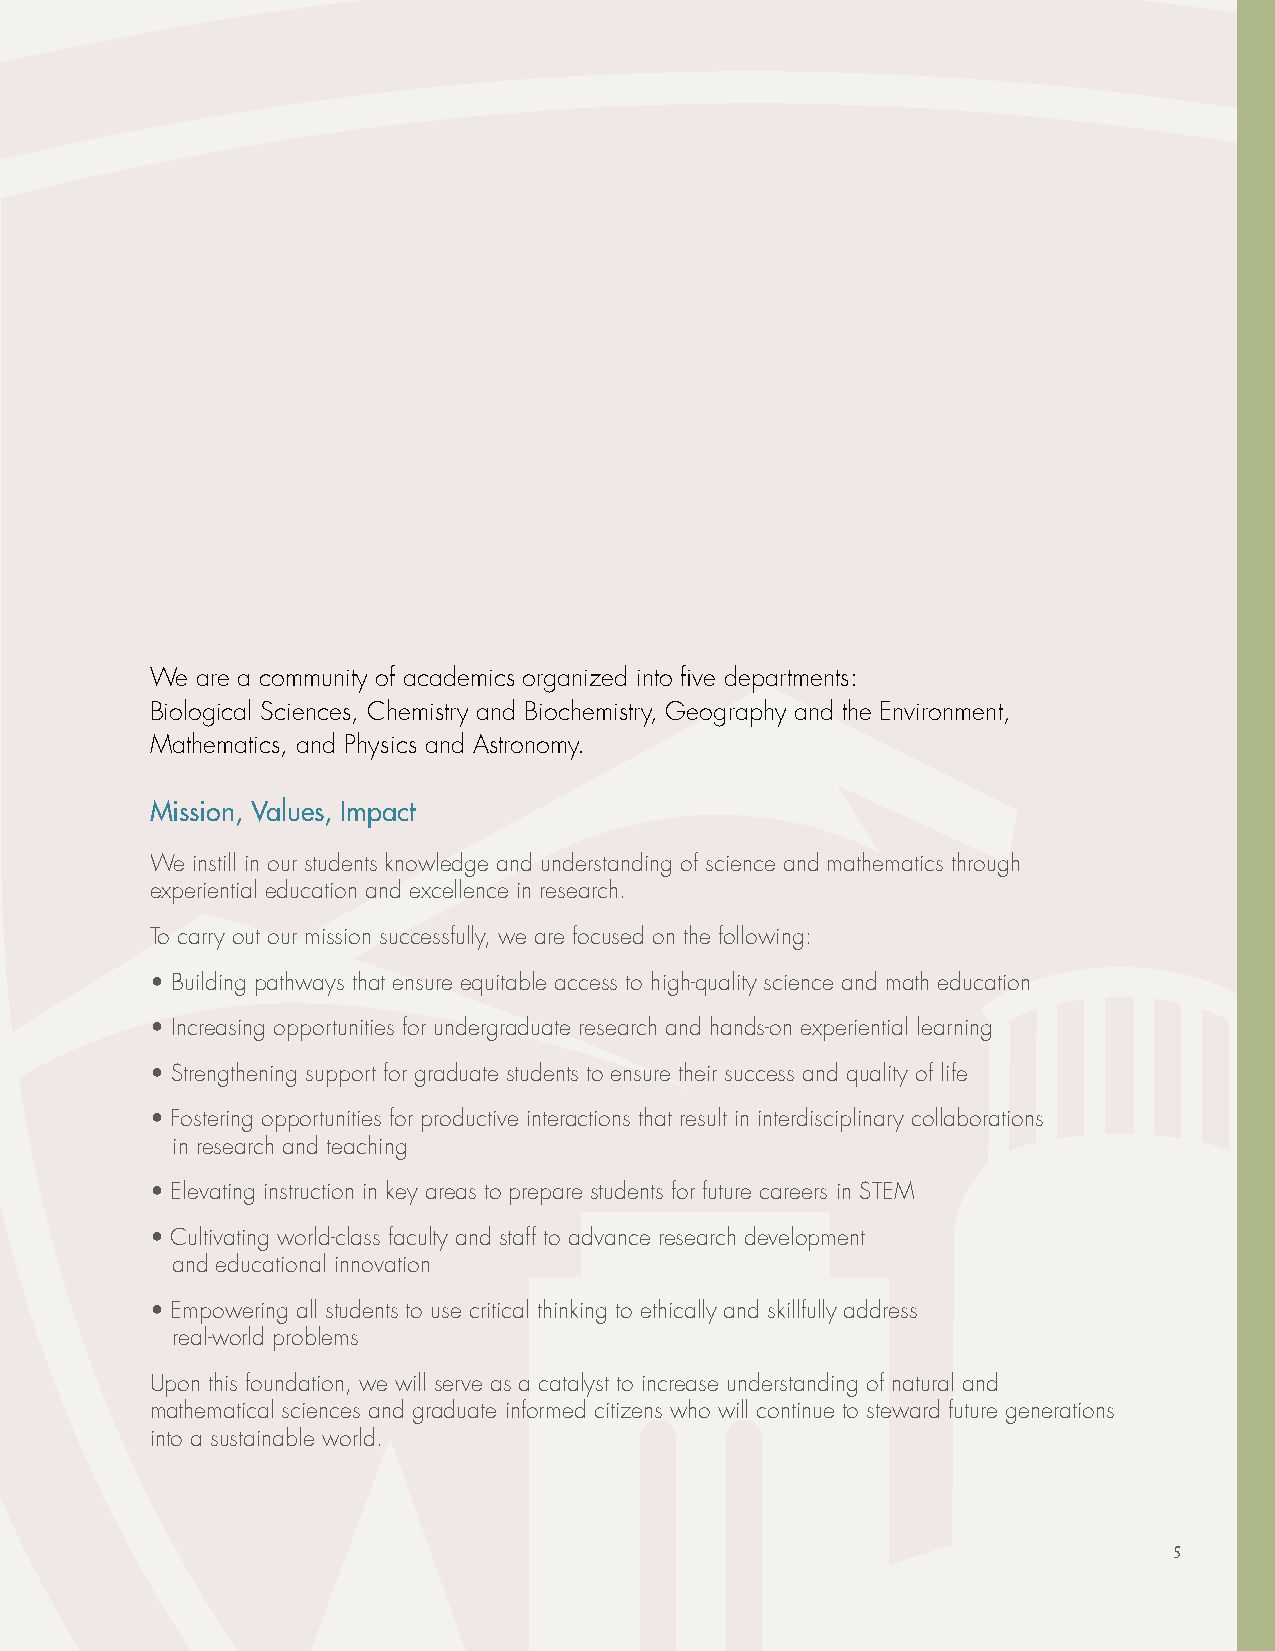
We are a community of academics organized into five departments:
 Biological Sciences, Chemistry and Biochemistry, Geography and the Environment,
 Mathematics, and Physics and Astronomy.
 Mission, Values, Impact
 We instill in our students knowledge and understanding of science and mathematics through
 experiential education and excellence in research.
 To carry out our mission successfully, we are focused on the following:
 • Building pathways that ensure equitable access to high-quality science and math education
 • Increasing opportunities for undergraduate research and hands-on experiential learning
 • Strengthening support for graduate students to ensure their success and quality of life
 • Fostering opportunities for productive interactions that result in interdisciplinary collaborations
 in research and teaching
 • Elevating instruction in key areas to prepare students for future careers in STEM
 • Cultivating world-class faculty and staff to advance research development
 and educational innovation
 • Empowering all students to use critical thinking to ethically and skillfully address
 real-world problems
 Upon this foundation, we will serve as a catalyst to increase understanding of natural and
 mathematical sciences and graduate informed citizens who will continue to steward future generations
 into a sustainable world.
 5